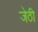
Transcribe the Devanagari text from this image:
जेठी